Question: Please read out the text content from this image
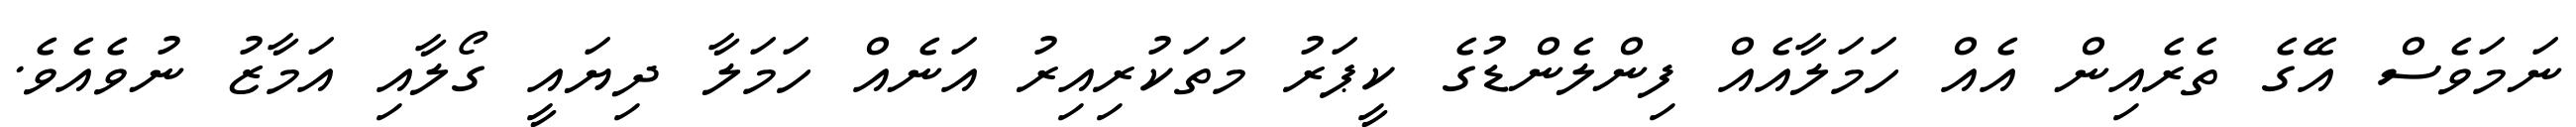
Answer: ނަމަވެސް އޭގެ ތެރެއިން އެއް ހަމަލާއެއް ފިންލެންޑުގެ ކީޕަރު މަތަކުރިއިރު އަނެއް ހަމަލާ ދިޔައީ ގޯލާއި އަމާޒު ނުވެއެވެ.